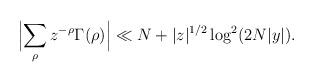
LaTeX: \begin{align*} \Bigl\vert \sum_{\rho} z^{-\rho} \Gamma(\rho) \Bigr\vert &\ll N + \vert z\vert ^{1/2} \log^2 (2N\vert y\vert). \end{align*}